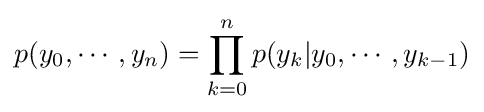
p(y_{0},\cdots ,y_{n})=\prod _{k=0}^{n}p(y_{k}|y_{0},\cdots ,y_{k-1})